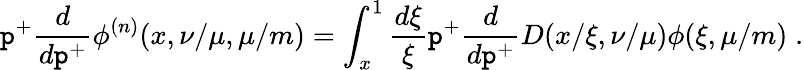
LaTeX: \mathtt{p}^{+}\frac{{d}}{{d\mathtt{p}^{+}}}\phi^{(n)}(x,\nu/\mu,\mu/m)=\int_{x}^{1}\frac{{d\xi}}{{\xi}}\mathtt{p}^{+}\frac{{d}}{{d\mathtt{p}^{+}}}D(x/\xi,\nu/\mu)\phi(\xi,\mu/m)\; .